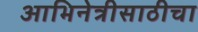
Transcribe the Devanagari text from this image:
आभिनेत्रीसाठीचा